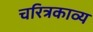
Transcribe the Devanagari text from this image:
चरित्रकाव्य